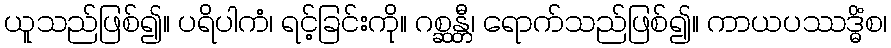
ယူသည်ဖြစ်၍။ ပရိပါကံ၊ ရင့်ခြင်းကို။ ဂစ္ဆန္တီ၊ ရောက်သည်ဖြစ်၍။ ကာယပဿဒ္ဓိံစ၊